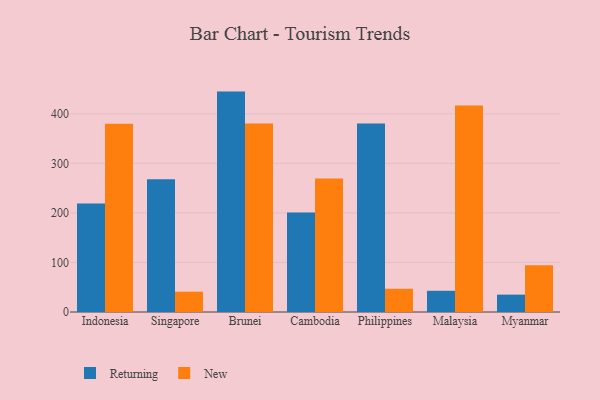
{"axis": {"x": "Country", "y": "Page Views"}, "legend": ["New", "Returning"], "data": [{"x": "Indonesia", "y": 219.1, "type": "Returning"}, {"x": "Indonesia", "y": 379.9, "type": "New"}, {"x": "Singapore", "y": 267.6, "type": "Returning"}, {"x": "Singapore", "y": 41.0, "type": "New"}, {"x": "Brunei", "y": 444.7, "type": "Returning"}, {"x": "Brunei", "y": 380.4, "type": "New"}, {"x": "Cambodia", "y": 201.0, "type": "Returning"}, {"x": "Cambodia", "y": 269.2, "type": "New"}, {"x": "Philippines", "y": 380.1, "type": "Returning"}, {"x": "Philippines", "y": 46.9, "type": "New"}, {"x": "Malaysia", "y": 42.8, "type": "Returning"}, {"x": "Malaysia", "y": 416.8, "type": "New"}, {"x": "Myanmar", "y": 35.0, "type": "Returning"}, {"x": "Myanmar", "y": 94.4, "type": "New"}]}